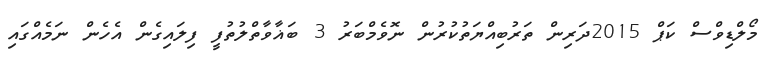
މޯލްޑިވްސް ކަޕް 2015ދަރިން ތަރުބިއްޔަތުކުރުން ނޮވެމްބަރު 3 ބަޣާވާތްލުތުފީ ފިލައިގެން އެހެން ނަމެއްގައި